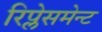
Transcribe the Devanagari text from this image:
रिप्लेसमेन्ट